Vaccination North-Western Provinces and Oudh 1878-1895 - 1878-1895
Year: 1878
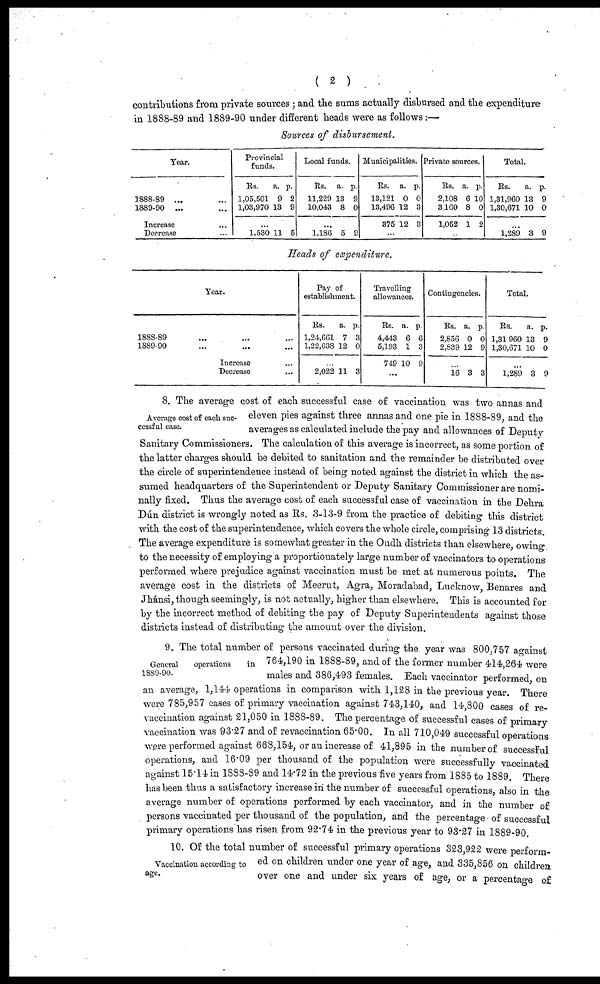
( 2 )
contributions from private sources ; and the sums actually disbursed and the expenditure
in 1888-89 and 1889-90 under different heads were as follows :—
Sources of disbursement.
Year.
1888-89 ... ...
1889-90 ... ...
Increase ...
Decrease ...
Provincial
funds.
Rs.
1,05,501
1,03,970
...
1,580
a.
9
13
11
p.
2
9
5
Local funds.
Rs.
11,229
10,043
...
1,186
a.
13
8
5
p.
9
0
9
Municipalities.
Rs.
13,121
13,496
375
...
a.
0
12
12
p.
0
3
3
Private sources.
Rs.
2,108
3160
1,052
a.
6
8
1
p.
10
0
2
Total.
Rs.
1,31,960
1,30,671
...
1,289
a.
13
10
3
p.
9
0
9
Heads of expenditure.
Year.
1888-89 ... ...
1889-90 ... ...
Increase ...
Decrease ...
Pay of
establishment.
Rs.
1,24,661
1,22,638
...
2,022
a.
7
12
11
p.
3
0
3
Travelling
allowances.
Rs.
4,443
5,193
749
...
a.
6
1
10
p.
6
3
9
Contingencies.
Rs.
2,856
2,839
...
16
a.
0
12
3
p.
0
9
3
Total.
Rs.
1,31 960
1,30,671
...
1,289
a.
13
10
3
p.
9
0
9
Average cost of each suc-
cessful case.
8. The average cost of each successful case of vaccination was two annas and
eleven pies against three annas and one pie in 1888-89, and the
averages as calculated include the pay and allowances of Deputy
Sanitary Commissioners. The calculation of this average is incorrect, as some portion of
the latter charges should be debited to sanitation and the remainder be distributed over
the circle of superintendence instead of being noted against the district in which the as-
sumed headquarters of the Superintendent or Deputy Sanitary Commissioner are nomi-
nally fixed. Thus the average cost of each successful case of vaccination in the Dehra
Dún district is wrongly noted as Rs. 3-13-9 from the practice of debiting this district
with the cost of the superintendence, which covers the whole circle, comprising 13 districts.
The average expenditure is somewhat greater in the Oudh districts than elsewhere, owing
to the necessity of employing a proportionately large number of vaccinators to operations
performed where prejudice against vaccination must be met at numerous points. The
average cost in the districts of Meerut, Agra, Moradabad, Lucknow, Benares and
Jhánsi, though seemingly, is not actually, higher than elsewhere. This is accounted for
by the incorrect method of debiting the pay of Deputy Superintendents against those
districts instead of distributing the amount over the division.
General
operations
in
1889-90.
9. The total number of persons vaccinated during the year was 800,757 against
764,190 in 1888-89, and of the former number 414,264 were
males and 386,493 females. Each vaccinator performed, on
an average, 1,144 operations in comparison with 1,128 in the previous year. There
were 785,957 cases of primary vaccination against 743,140, and 14,800 cases of re-
vaccination against 21,050 in 1888-89. The percentage of successful cases of primary
vaccination was 93.27 and of revaccination 65.00. In all 710,049 successful operations
were performed against 668,154, or an increase of 41,895 in the number of successful
operations, and 16.09 per thousand of the population were successfully vaccinated
against 15.14 in 1888-89 and 14.72 in the previous five years from 1885 to 1889. There
has been thus a satisfactory increase in the number of successful operations, also in the
average number of operations performed by each vaccinator, and in the number of
persons vaccinated per thousand of the population, and the percentage of successful
primary operations has risen from 92.74 in the previous year to 93.27 in 1889-90.
Vaccination according to
age.
10. Of the total number of successful primary operations 323,922 were perform-
ed on children under one year of age, and 335,856 on children
over one and under six years of age, or a percentage of